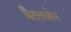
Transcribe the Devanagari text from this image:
बैटलज़ोन